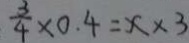
\frac { 3 } { 4 } \times 0 . 4 = x \times 3